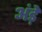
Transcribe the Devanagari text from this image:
अंड़े